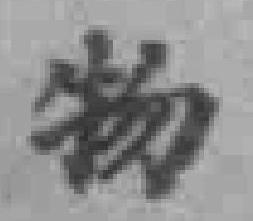
物